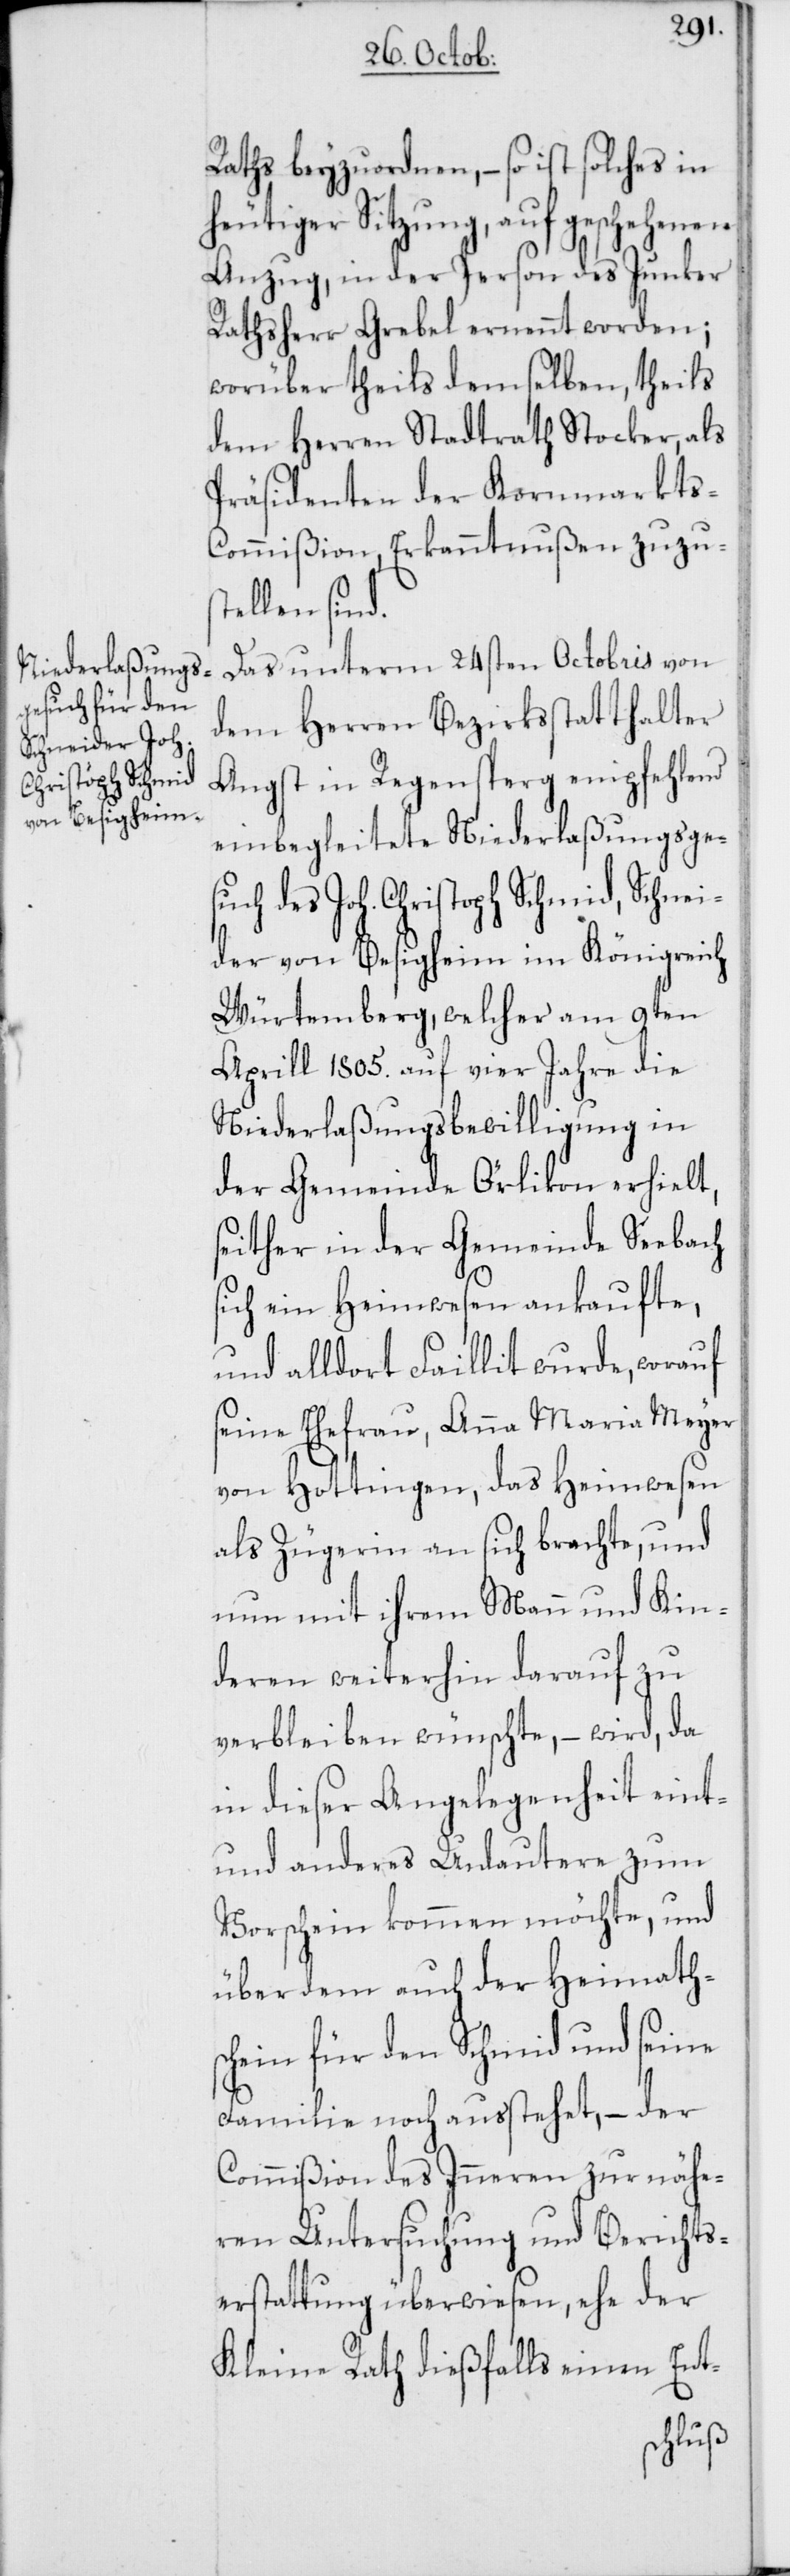
Raths beyzuordnen, – so ist solches in
heutiger Sitzung, auf geschehenen
Anzug, in der Person des Junker
Rathsherr Grebel ernennt worden;
worüber theils demselben, theils
dem Herren Stadtrath Stocker, als
Präsidenten der Kornmarkt¬
s-Commißion, Erkanntnußen zuzus¬
tellen sind.
Das unterm 24sten Octobris von
dem Herren Bezirksstatthalter
Angst in Regensperg empfehlend
einbegleitete Niederlaßungsges¬
uch des Joh. Christoph Schmid, Schnei¬
der von Besigheim im Königreich
Würtemberg, welcher am 9ten
Aprill 1805. auf vier Jahre die
Niederlaßungsbewilligung in
der Gemeinde Örlikon erhielt,
seither in der Gemeinde Seebach
sich ein Heimwesen ankaufte,
und alldort Faillit wurde, worauf
seine Ehefrau, Anna Maria Meyer
von Hottingen, das Heimwesen
als Zügerin an sich brachte, und
nun mit ihrem Mann und Kin¬
deren weiterhin darauf zu
verbleiben wünschte, – wird, da
in dieser Angelegenheit eint-
und anderes Unlautere zum
Vorschein kommen möchte, und
über dem auch der Heymath¬
schein für den Schmid und seine
Familie noch ausstehet, – der
Commißion des Inneren zur nähe¬
ren Untersuchung und Berichts¬
erstattung überwiesen, ehe der
Kleine Rath dießfalls einen Ent-